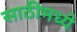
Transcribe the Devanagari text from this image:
साठीमध्ये